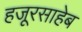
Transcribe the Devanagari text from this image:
हजूरसाहेब